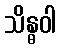
သိန္ဓဝါ